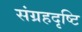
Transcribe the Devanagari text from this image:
संग्रहदृष्टि